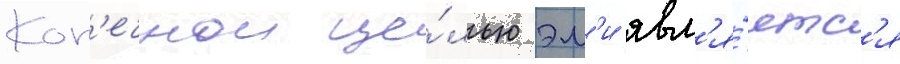
Кон'ечнои це́лью эм'и явл'я́етс'я